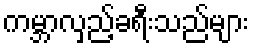
ကမ္ဘာလှည့်ခရီးသည်များ